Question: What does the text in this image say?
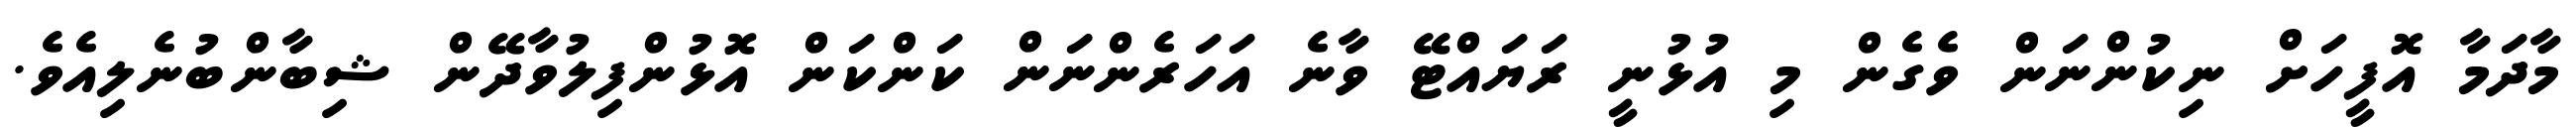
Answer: މާދަމާ އޮފީހަށް ނިކުންނަން ވެގެން މި އުޅުނީ ރަޔައްޓޭ ވާނެ އަހަރެންނަން ކަންކަން އޮޅުންފިލުވާދޭން ޝިބާންބުނެލިއެވެ.